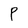
Character: P